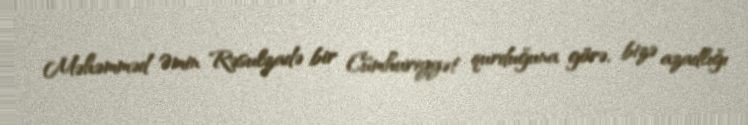
Məhəmməd Əmin Rəsulzadə bir Cümhuriyyət qurduğuna görə, bizə azadlığı